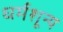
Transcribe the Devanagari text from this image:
धर्मशून्य